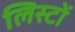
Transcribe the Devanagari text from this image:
लिस्टों